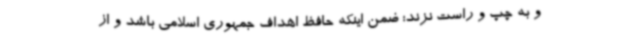
و به چپ و راست نزند؛ ضمن اینکه حافظ اهداف جمهوری اسلامی باشد و از